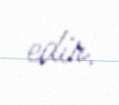
edir.